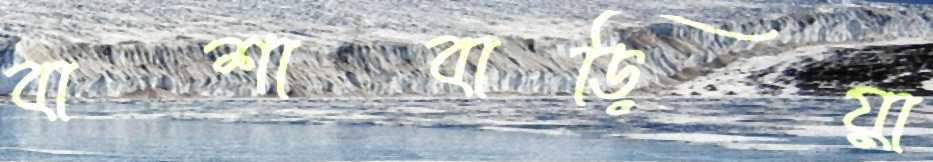
বাশাবাড়িয়া